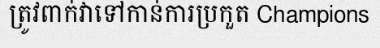
ត្រូវពាក់វាទៅកាន់ការប្រកួត Champions